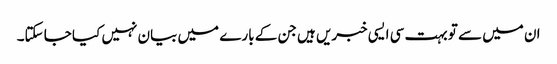
ان میں سے تو بہت سی ایسی خبریں ہیں جن کے بارے میں بیان نہیں کیا جا سکتا۔